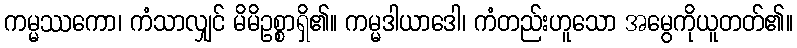
ကမ္မဿကော၊ ကံသာလျှင် မိမိဥစ္စာရှိ၏။ ကမ္မဒါယာဒေါ၊ ကံတည်းဟူသော အမွေကိုယူတတ်၏။